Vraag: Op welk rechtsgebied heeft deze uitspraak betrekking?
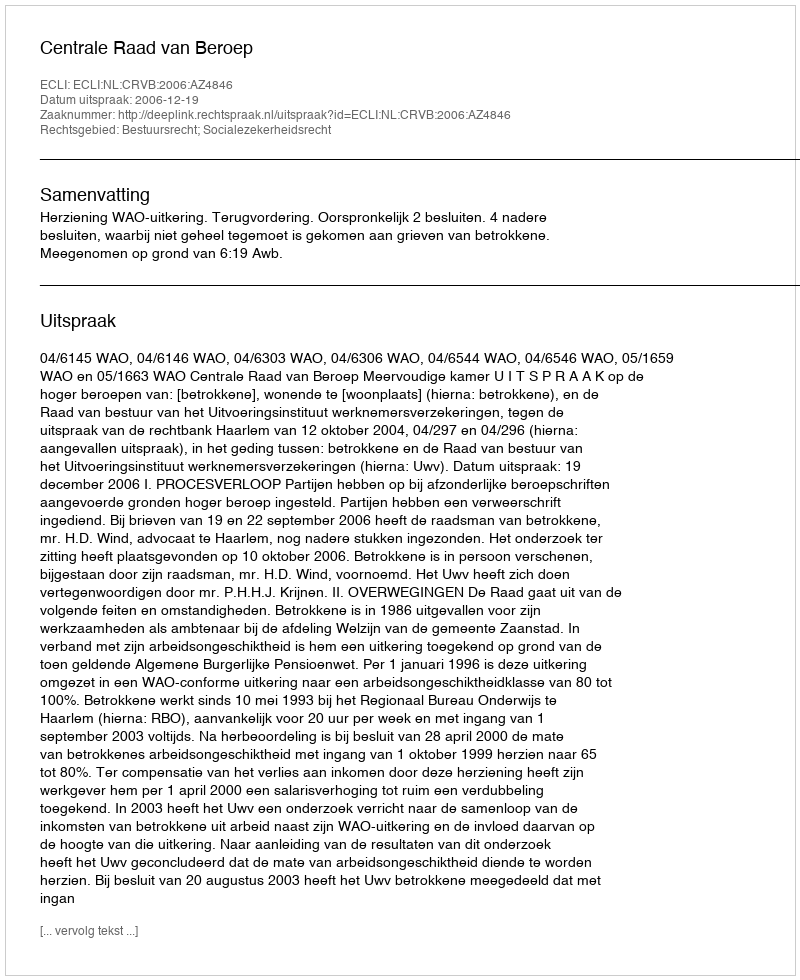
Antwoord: Bestuursrecht; Socialezekerheidsrecht